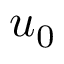
u _ { 0 }